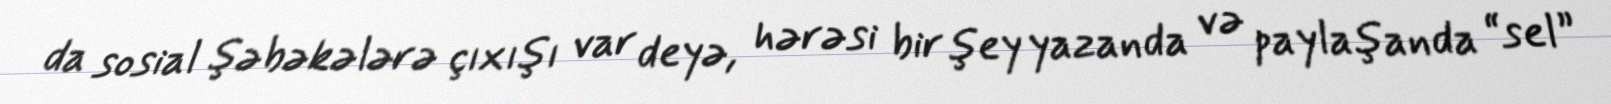
da sosial şəbəkələrə çıxışı var deyə, hərəsi bir şey yazanda və paylaşanda “sel”